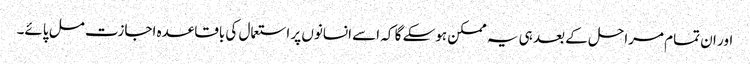
اور ان تمام مراحل کے بعد ہی یہ ممکن ہوسکے گا کہ اسے انسانوں پر استعمال کی باقاعدہ اجازت مل پائے۔